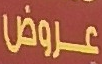
عروض